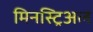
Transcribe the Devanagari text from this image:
मिनस्ट्रिअल